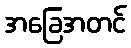
အခြေအတင်